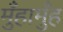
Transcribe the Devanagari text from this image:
मुँहामुँह